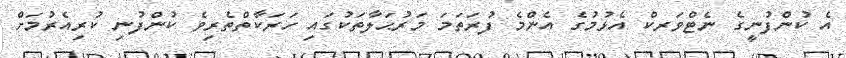
އެ ކުންފުނީގެ ނެޓްވަރކް އެޅުމުގެ އެންމެ ފުރަތަމަ މަރުޙަލާތަކުގައި ހަރަކާތްތެރިވެ ކުންފުނި ކުރިއެރުމަށް